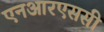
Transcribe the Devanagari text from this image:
एनआरएससी